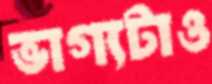
ভাগ্যটাও